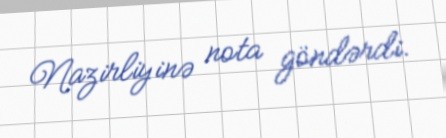
Nazirliyinə nota göndərdi.